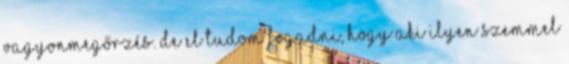
vagyonmegőrzés. De el tudom fogadni, hogy aki ilyen szemmel